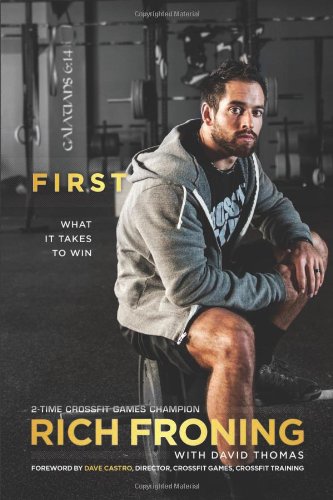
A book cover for First: What It Takes to Win; Rich Froning; Biographies & Memoirs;